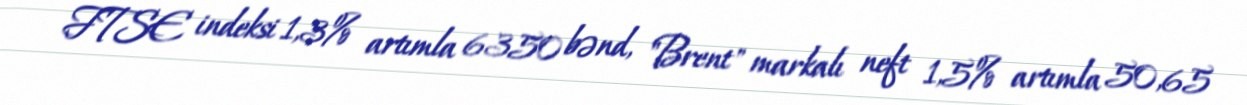
FTSE indeksi 1,3% artımla 6350 bənd, "Brent" markalı neft 1,5% artımla 50,65